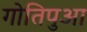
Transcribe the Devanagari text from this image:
गोतिपुआ